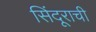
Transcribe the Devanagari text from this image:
सिंदूराची